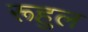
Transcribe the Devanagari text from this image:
रूहुल